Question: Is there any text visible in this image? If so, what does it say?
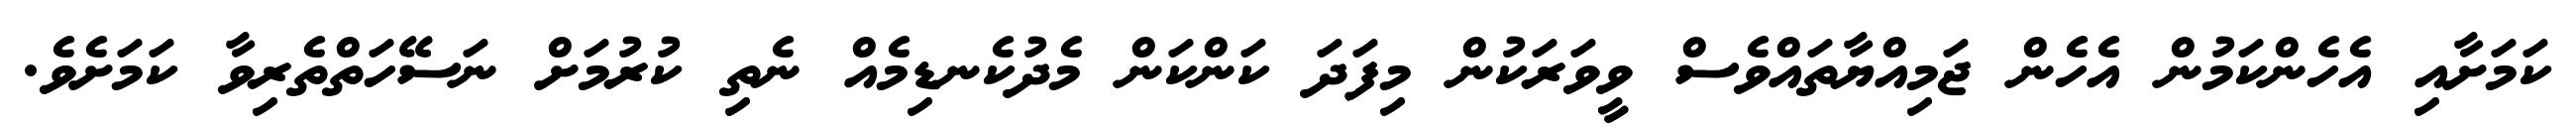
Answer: ކަމަށާއި އެހެންކަމުން އެހެން ޖަމިއްޔާތައްވެސް ވީވަރަކުން މިފަދަ ކަންކަން މެދުކެނޑިމެއް ނެތި ކުރުމަށް ނަސޭހަތްތެރިވާ ކަމަށެވެ.